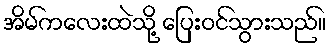
အိမ်ကလေးထဲသို့ ပြေးဝင်သွားသည်။